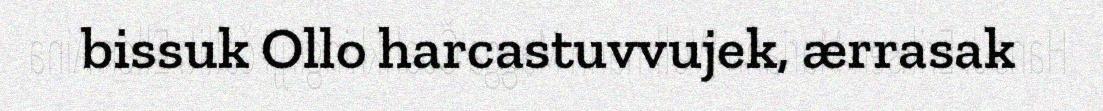
bissuk Ollo harcastuvvujek, ærrasak